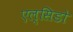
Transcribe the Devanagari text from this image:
एल्सिडो